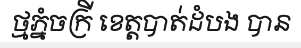
ថ្មភ្នំចក្រី ខេត្តបាត់ដំបង បាន